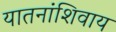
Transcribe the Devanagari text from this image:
यातनांशिवाय